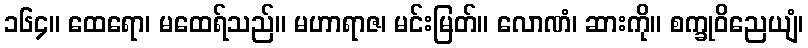
၁၆၄။ ထေရော၊ မထေရ်သည်။ မဟာရာဇ၊ မင်းမြတ်။ လောဏံ၊ ဆားကို။ စက္ခုဝိညေယျံ၊